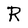
Character: R